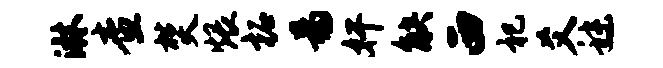
淋查焚煨柘易奸觖西祀爻秣